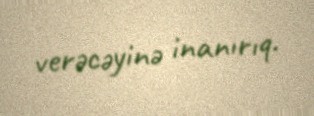
verəcəyinə inanırıq.